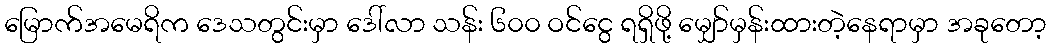
မြောက်အမေရိက ဒေသတွင်းမှာ ဒေါ်လာ သန်း ၆၀၀ ဝင်ငွေ ရရှိဖို့ မျှော်မှန်းထားတဲ့နေရာမှာ အခုတော့